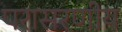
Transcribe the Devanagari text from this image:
परासरणीय